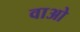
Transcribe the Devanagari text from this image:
वाओ